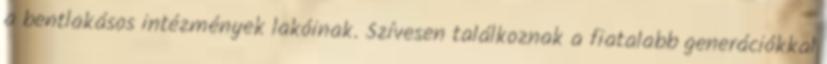
a bentlakásos intézmények lakóinak. Szívesen találkoznak a fiatalabb generációkkal